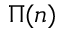
\Pi ( n )